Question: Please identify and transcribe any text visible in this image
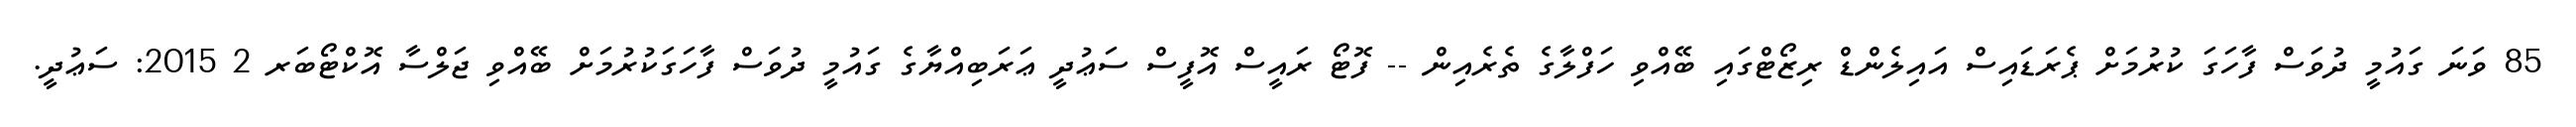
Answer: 85 ވަނަ ގައުމީ ދުވަސް ފާހަގަ ކުރުމަށް ޕެރަޑައިސް އައިލެންޑް ރިޒޯޓްގައި ބޭއްވި ހަފްލާގެ ތެރެއިން -- ފޮޓޯ ރައީސް އޮފީސް ސަޢުދީ ޢަރަބިއްޔާގެ ގައުމީ ދުވަސް ފާހަގަކުރުމަށް ބޭއްވި ޖަލްސާ އޮކްޓޯބަރ 2 2015: ސަޢުދީ.